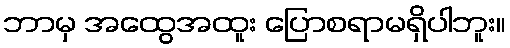
ဘာမှ အထွေအထူး ပြောစရာမရှိပါဘူး။